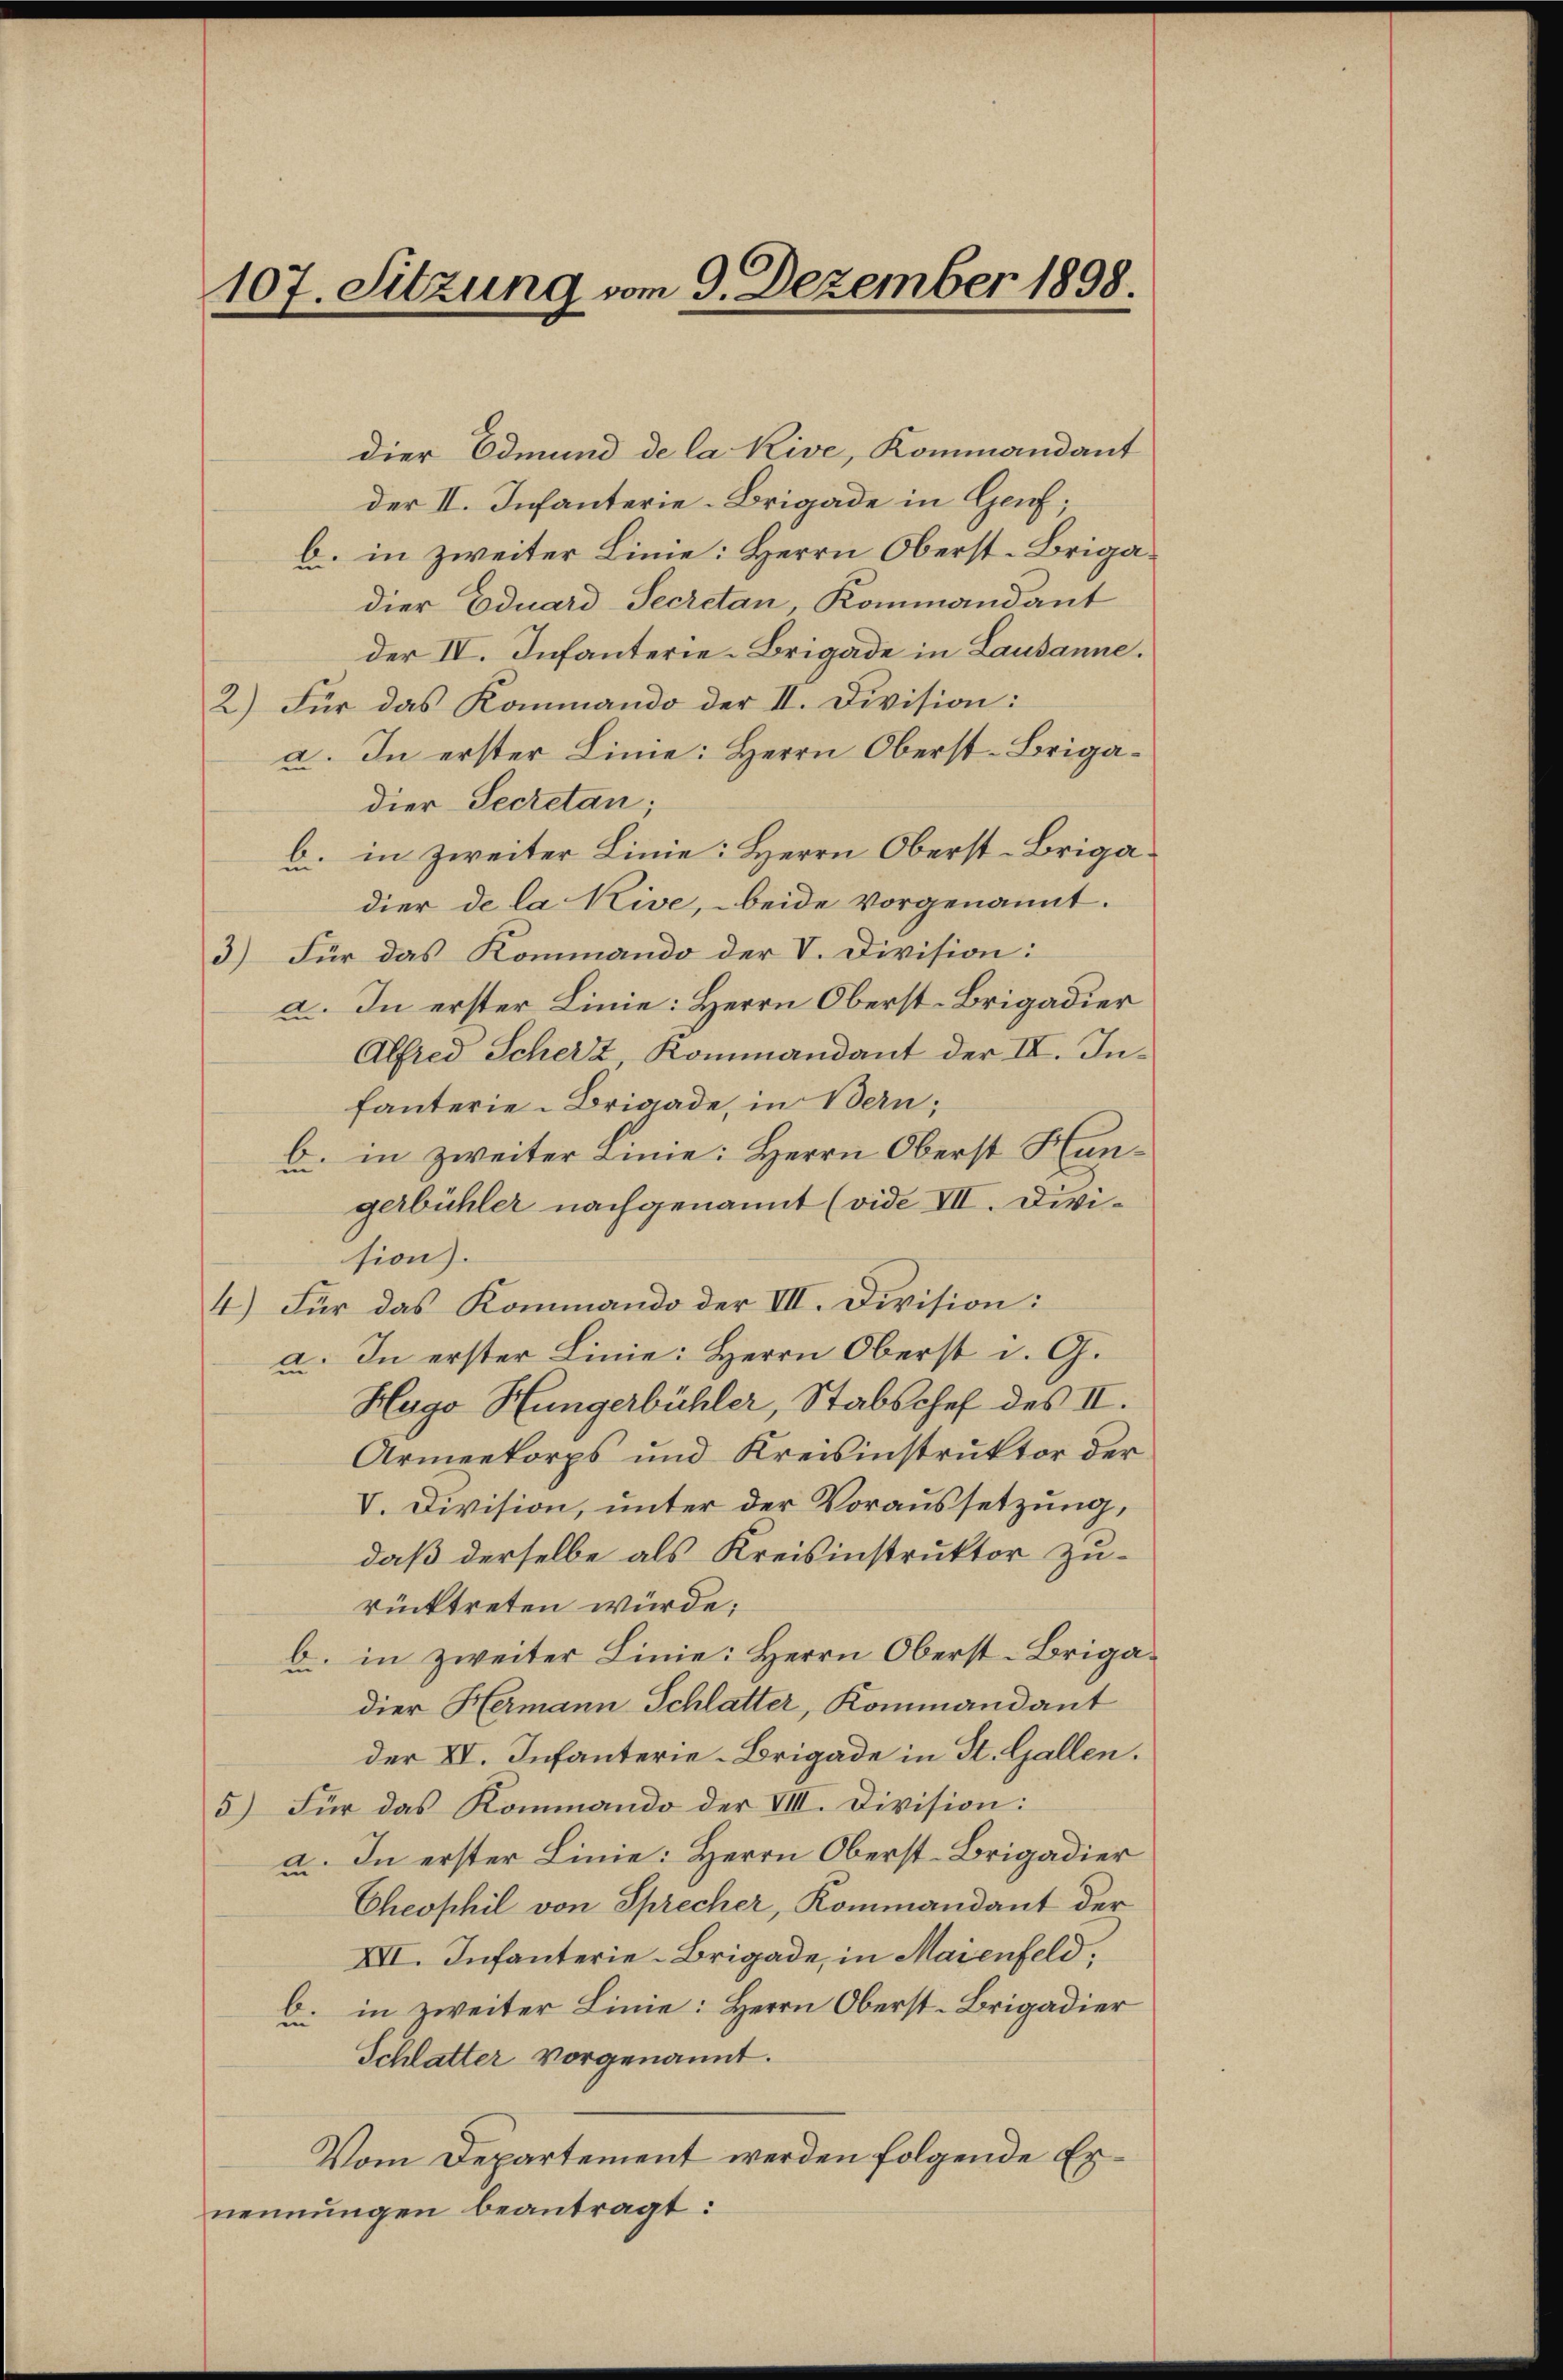
107. Sitzung vom 9. Dezember 1898.

dier Edmund de la Kive, Kommandant
der II. Infanterie-Brigade in Genf;
b. in zweiter Linie: Herrn Oberst-Brigadier Eduard-Secretan Kommandant
der IV. Infanterie-Brigade in Lausanne.
2) Für das Kommando der II. Division:
a. In erster Linie: Herrn Oberst-Brigadier-Secretan;
b. in zweiter Linie: Herrn Oberst-Brigadier de la Kive, - beide vorgenannt.
3.) Für das Kommando der V. Division:
a. In erster Linie: Herrn Oberst-Brigadier
Alfred Scherz Kommandant der IV. Infanterie-Brigade, in Bern;
b. in zweiter Linie: Herrn Oberst Hangerbühler nachgenannt (vide VII. Division).
4.) Für das Kommando der VII. Division:
a. In erster Linie: Herrn Oberst i. G.
Hugo Hungerbühler, Stabschef des II.
Armeekorps und Kreisinstruktor der
V. Division, unter der Voraussetzung,
daß derselbe als Kreisinstruktor zurücktreten würde;
b. in zweiter Linie: Herrn Oberst-Brigadier Hermann Schlatter, Kommandant
der VV. Infanterie-Brigade in St. Gallen.
5) Für das Kommando der VIII. Division:
a. In erster Linie: Herrn Oberst-Brigadier
Cheophil von Sprecher, Kommandant der
XVI. Infanterie-Brigade, in Maienfeld,
b. in zweiter Linie: Herrn Oberst-Brigadier
Schlatter vorgenannt.
Vom Departement werden folgende Ernennungen beantragt: